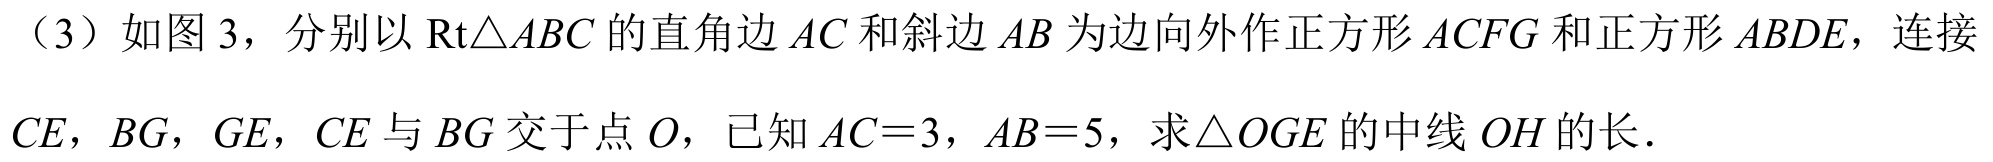
（3）如图 3，分别以$\text{Rt}\triangle ABC$的直角边$AC$和斜边$AB$为边向外作正方形$ACFG$和正方形$ABDE$，连接$CE$，$BG$，$GE$，$CE$与$BG$交于点$O$，已知$AC = 3$，$AB = 5$，求$\triangle OGE$的中线$OH$的长．